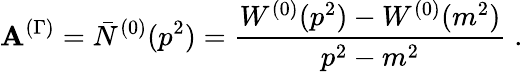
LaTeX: {\cal\mathbf{A}}^{(\Gamma)}=\bar{{N}}^{(0)}(p^{2})=\frac{{W^{(0)}(p^{2})-W^{(0)}(m^{2})}}{{p^{2}-m^{2}}}\; .